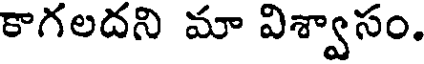
కాగలదని మా విశ్వాసం,